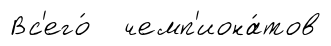
Вс'его́ чемп'иона́тов